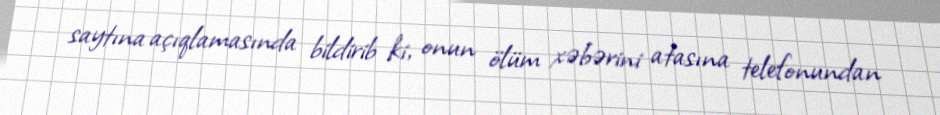
saytına açıqlamasında bildirib ki, onun ölüm xəbərini atasına telefonundan